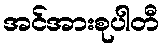
အင်အားစုပါတီ